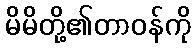
မိမိတို့၏တာဝန်ကို